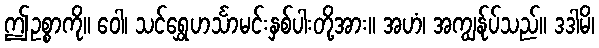
ဤဥစ္စာကို။ ဝေါ၊ သင်ရွှေဟင်္သာမင်းနှစ်ပါးတို့အား။ အဟံ၊ အကျွန်ုပ်သည်။ ဒဒါမိ၊